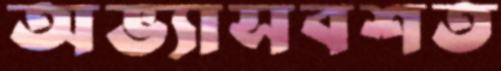
অভ্যাসবশত